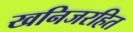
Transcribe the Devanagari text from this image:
खनिजरहित